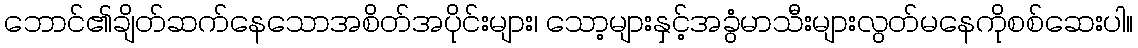
ဘောင်၏ချိတ်ဆက်နေသောအစိတ်အပိုင်းများ၊ သော့များနှင့်အခွံမာသီးများလွတ်မနေကိုစစ်ဆေးပါ။